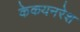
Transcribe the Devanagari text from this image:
केकयनरेश